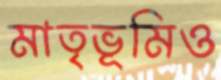
মাতৃভূমিও